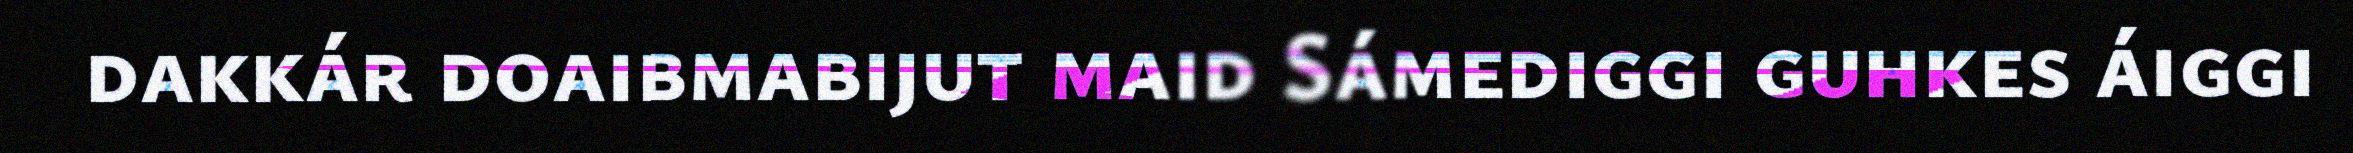
dakkár doaibmabijut maid Sámediggi guhkes áiggi